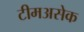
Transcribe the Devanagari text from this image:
टीमअसेक